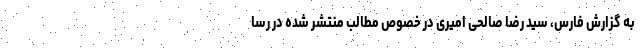
به گزارش فارس، سید رضا صالحی امیری در خصوص مطالب منتشر شده در رسا